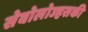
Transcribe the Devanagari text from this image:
सेवोलोज्हसकी